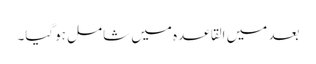
بعد میں القاعدہ میں شامل ہوگیا۔